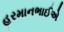
હરમાનભાઈએ